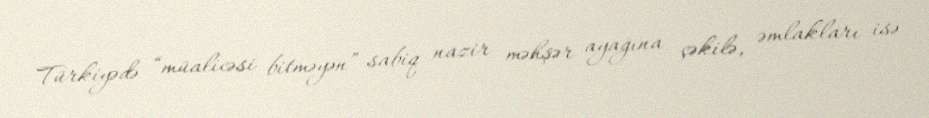
Türkiyədə “müalicəsi bitməyən” sabiq nazir məhşər ayağına çəkilə, əmlakları isə